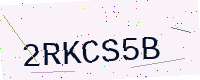
Text: 2RKCS5B